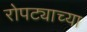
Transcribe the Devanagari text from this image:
रोपट्याच्या